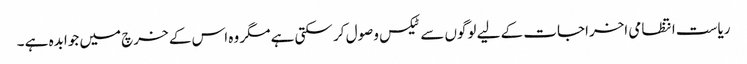
ریاست انتظامی اخراجات کے لیے لوگوں سے ٹیکس وصول کر سکتی ہے مگر وہ اس کے خرچ میں جوابدہ ہے ۔